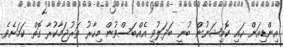
އިންޑިއަން ހައި ކޮމިޝަނުން ބުނީ ބަދަލުވީ އެއްބަސްވުން މިހާރު ތަރުޖަމާކުރާ ގޮތް ކަމަށެވެ.